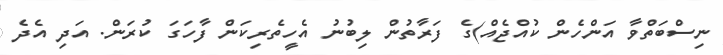
ނިސްބަތްވާ އަންހެން ކުއްޖެއް)ގެ ފަރާތުން ލިބުނު އެހީތެރިކަން ފާހަގަ ކުރަން. އަދި އެދެ